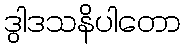
ဒွါဒသနိပါတော